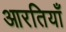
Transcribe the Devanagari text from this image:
आरतियाँ